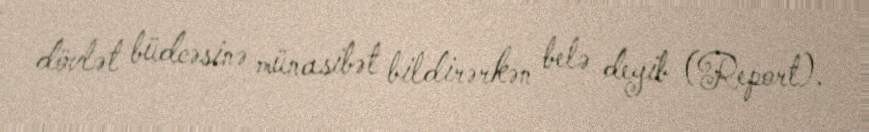
dövlət büdcəsinə münasibət bildirərkən belə deyib (Report).